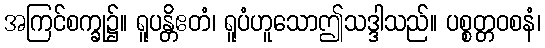
အကြင်စက္ခု၌။ ရူပန္တိဧတံ၊ ရူပံဟူသောဤသဒ္ဒါသည်။ ပစ္စတ္တဝစနံ၊